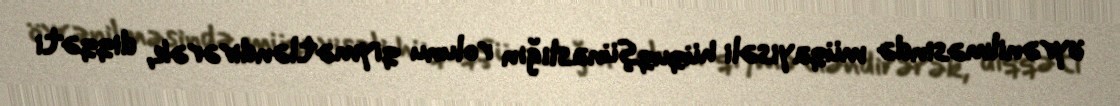
öyrənilməsində müqayisəli hüquqşünaslığın rolunu qiymətləndirərək, diqqəti